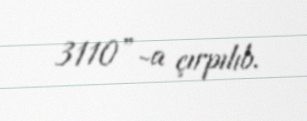
3110”-a çırpılıb.